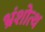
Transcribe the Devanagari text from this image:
भ्रंशोत्थ